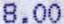
8.00